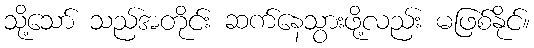
သို့သော် သည်အတိုင်း ဆက်နေသွားဖို့လည်း မဖြစ်နိုင်။